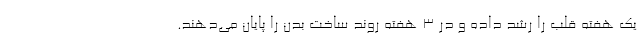
یک هفته قلب را رشد داده و در 3 هفته روند ساخت بدن را پایان می‌دهند.